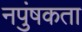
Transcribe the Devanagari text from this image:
नपुंषकता